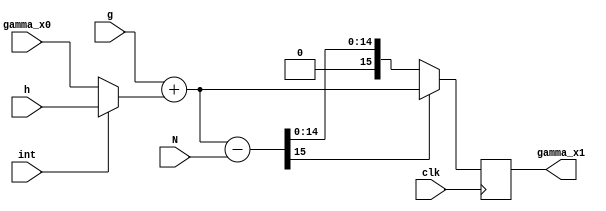
module ACC(
   
    input [15:0] gamma_x0,
    input [15:0] N,
    input [15:0] g,
    input clk,
    input int,
    input [15:0] h,
    output reg [15:0]gamma_x1);
    
  
wire [15:0]y1,y2,y3,y4;


assign y1=int? h :gamma_x0,
       y2=g+y1,
       y3=y2-N, 
       y4=y3[15]?y2:y3;

always @ (posedge clk)
    begin
    gamma_x1 <= y4;
    end
    
endmodule